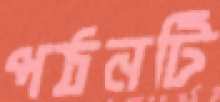
পঠনটি